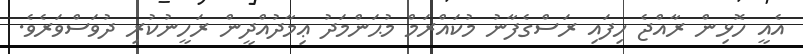
އެއީ ހޮޅިން ރާއްޖެ ހިފައި ރަސްގެފާނު މުކައްރަމް މުޙަންމަދު ޢިމާދުއްދީން ރަހީނުކުރި ދުވަސްވަރެވެ.